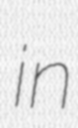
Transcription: in